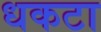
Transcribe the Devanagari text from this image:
धकटा